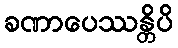
ခဏာပေဿန္တိပိ